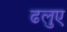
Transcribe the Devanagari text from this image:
ढलुए